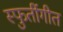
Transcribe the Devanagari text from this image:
स्फुर्तीगीत